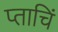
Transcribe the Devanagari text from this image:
प्ताचिं